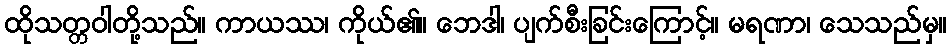
ထိုသတ္တဝါတို့သည်။ ကာယဿ၊ ကိုယ်၏။ ဘေဒါ၊ ပျက်စီးခြင်းကြောင့်။ မရဏာ၊ သေသည်မှ။